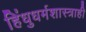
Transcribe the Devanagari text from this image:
हिंधुधर्मशास्त्राही